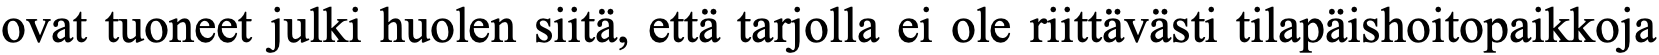
ovat tuoneet julki huolen siitä, että tarjolla ei ole riittävästi tilapäishoitopaikkoja